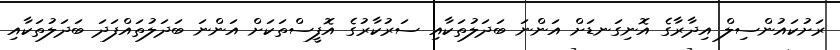
ރަށުކައުންސިލް އިދާރާގެ އޮނިގަނޑަށް އަންނަ ބަދަލުތަކާއި ސަރުކާރުގެ އޮފީސްތަކަށް އަންނަ ބަދަލުތައްފަދަ ބަދަލުތަކާއި